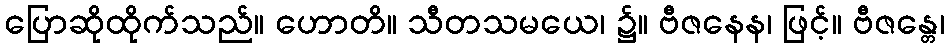
ပြောဆိုထိုက်သည်။ ဟောတိ။ သီတသမယေ၊ ၌။ ဗီဇနေန၊ ဖြင့်။ ဗီဇန္တေ၊